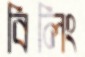
বিলিং